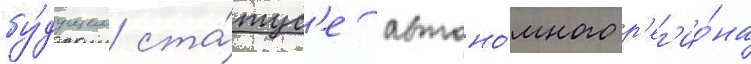
бу́дущем ста́тус'е автоно́много р'ег'ио́на